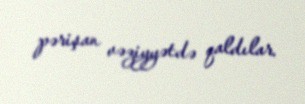
pərişan vəziyyətdə qaldılar.